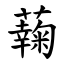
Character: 䕮